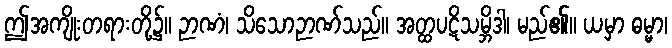
ဤအကျိုးတရားတို့၌။ ဉာဏံ၊ သိသောဉာဏ်သည်။ အတ္ထပဋိသမ္ဘိဒါ၊ မည်၏။ ယမှာ ဓမ္မာ၊